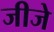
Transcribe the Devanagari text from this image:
जीजे